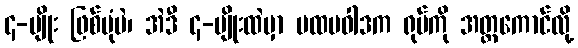
၄-မျိုး ဖြစ်ပုံပဲ၊ အဲဒီ ၄-မျိုးထဲမှာ ပထမဝါဒက ရုပ်ကို အတ္တကောင်လို့